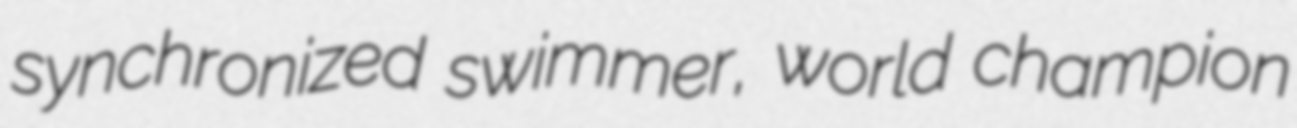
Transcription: synchronized swimmer, world champion